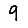
Digit: 9